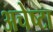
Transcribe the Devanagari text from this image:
अचेष्टा